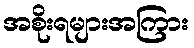
အစိုးရများအကြား